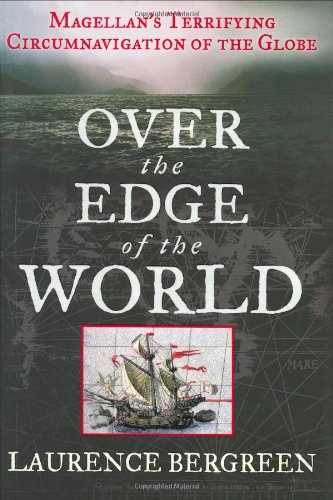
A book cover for Over the Edge of the World: Magellan's Terrifying Circumnavigation of the Globe; Laurence Bergreen; Engineering & Transportation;